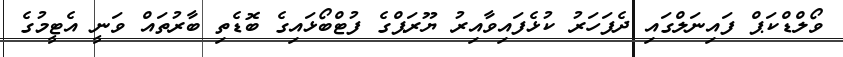
ވޯލްޑްކަޕް ފައިނަލްގައި ދެފަހަރު ކުޅެފައިވާއިރު ޔޫރަޕްގެ ފުޓްބޯޅައިގެ ބޮޑެތި ބާރުތައް ވަނީ އެޓީމުގެ